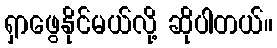
ရှာဖွေနိုင်မယ်လို့ ဆိုပါတယ်။